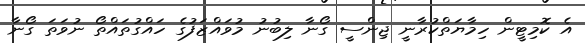
އެ ކޮމިޓީން ހިމާޔަތްކުރާނީ ޖިންސީ ގޯނާ ލިބުނު މުވައްޒަފުގެ ހައްގުތައްތޯ ނުވަތަ ގޯނާ